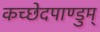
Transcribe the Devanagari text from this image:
कच्छेदपाण्डुम्